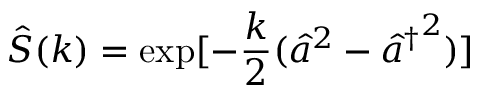
\hat { S } ( k ) = \exp [ - \frac { k } { 2 } ( \hat { a } ^ { 2 } - { { } \hat { a } ^ { \dagger } } ^ { 2 } ) ]